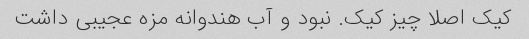
کیک اصلا چیز کیک. نبود و آب هندوانه مزه عجیبی داشت